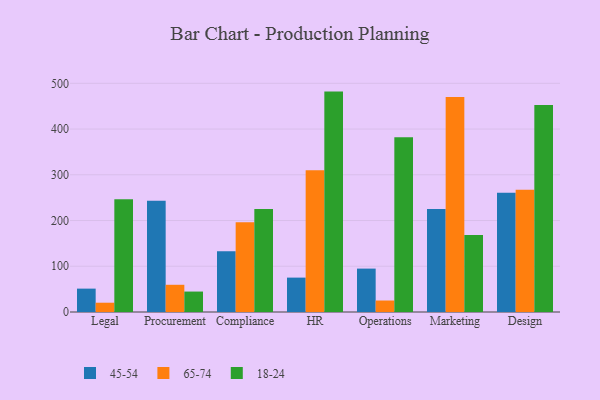
{"axis": {"x": "Department", "y": "Humidity (%)"}, "legend": ["18-24", "45-54", "65-74"], "data": [{"x": "Legal", "y": 51.1, "type": "45-54"}, {"x": "Legal", "y": 20.3, "type": "65-74"}, {"x": "Legal", "y": 246.5, "type": "18-24"}, {"x": "Procurement", "y": 243.5, "type": "45-54"}, {"x": "Procurement", "y": 59.5, "type": "65-74"}, {"x": "Procurement", "y": 44.7, "type": "18-24"}, {"x": "Compliance", "y": 132.8, "type": "45-54"}, {"x": "Compliance", "y": 196.2, "type": "65-74"}, {"x": "Compliance", "y": 225.3, "type": "18-24"}, {"x": "HR", "y": 75.2, "type": "45-54"}, {"x": "HR", "y": 309.8, "type": "65-74"}, {"x": "HR", "y": 481.9, "type": "18-24"}, {"x": "Operations", "y": 94.9, "type": "45-54"}, {"x": "Operations", "y": 25.1, "type": "65-74"}, {"x": "Operations", "y": 382.0, "type": "18-24"}, {"x": "Marketing", "y": 225.0, "type": "45-54"}, {"x": "Marketing", "y": 470.2, "type": "65-74"}, {"x": "Marketing", "y": 168.3, "type": "18-24"}, {"x": "Design", "y": 260.5, "type": "45-54"}, {"x": "Design", "y": 267.5, "type": "65-74"}, {"x": "Design", "y": 452.5, "type": "18-24"}]}